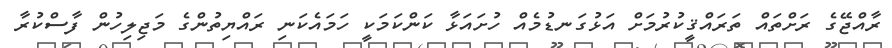
ރާއްޖޭގެ ރަށްތައް ތަރައްޤީކުރުމަށް އަޅުގަނޑުމެއް ހުށައަޅާ ކަންކަމަކީ ހަމައެކަނި ރައްޔިތުންގެ މަޖިލިހުން ފާސްކުރާ